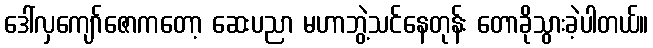
ဒေါ်လှကျော်ဇောကတော့ ဆေးပညာ မဟာဘွဲ့သင်နေတုန်း တောခိုသွားခဲ့ပါတယ်။